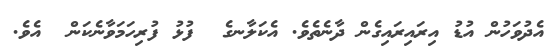
އެދުވަހުން އުޑު އިރައިރައިގެން ދާނެތެވެ. އެކަލާނގެ  ފުޅު ފުރިހަމަވާނެކަން  އެވެ.